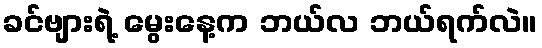
ခင်ဗျားရဲ့ မွေးနေ့က ဘယ်လ ဘယ်ရက်လဲ။